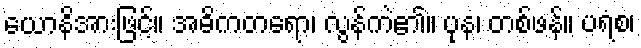
ယောနိအားဖြင့်။ အဓိကတရော၊ လွန်ကဲ၏။ ပုန၊ တစ်ဖန်။ ပရံစ၊